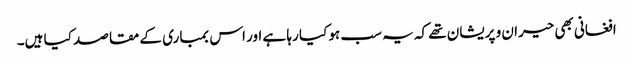
افغانی بھی حیران و پریشان تھے کہ یہ سب ہو کیا رہا ہے اور اس بمباری کے مقاصد کیا ہیں۔